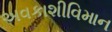
અવકાશીવિમાન